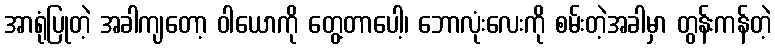
အာရုံပြုတဲ့ အခါကျတော့ ဝါယောကို တွေ့တာပေါ့၊ ဘောလုံးလေးကို စမ်းတဲ့အခါမှာ တွန်းကန်တဲ့